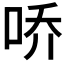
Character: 𪡀